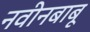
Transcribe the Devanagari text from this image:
नवीनबाबू